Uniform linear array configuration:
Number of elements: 48
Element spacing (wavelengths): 0.75
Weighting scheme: kaiser
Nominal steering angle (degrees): -30
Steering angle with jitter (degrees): -31.039
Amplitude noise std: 0.05
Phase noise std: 0.05

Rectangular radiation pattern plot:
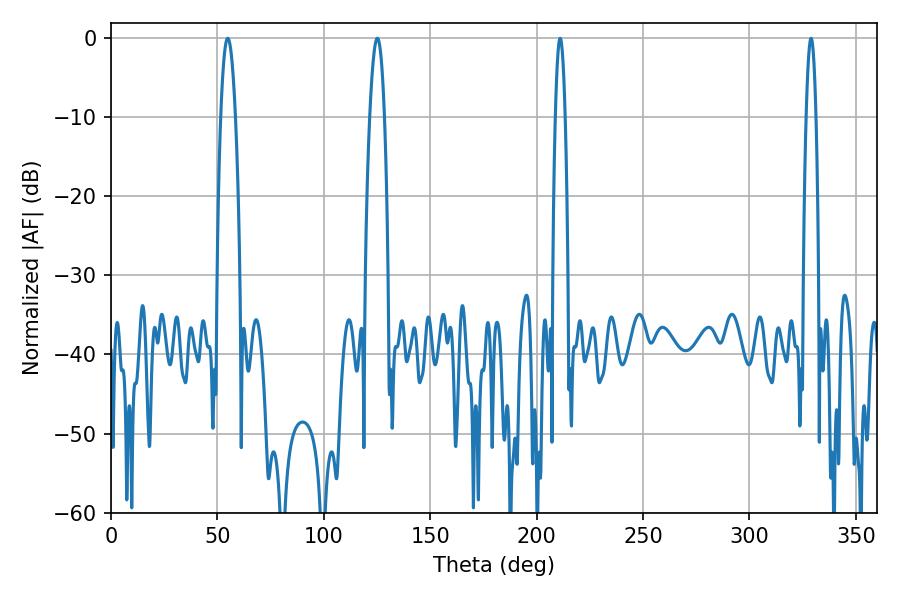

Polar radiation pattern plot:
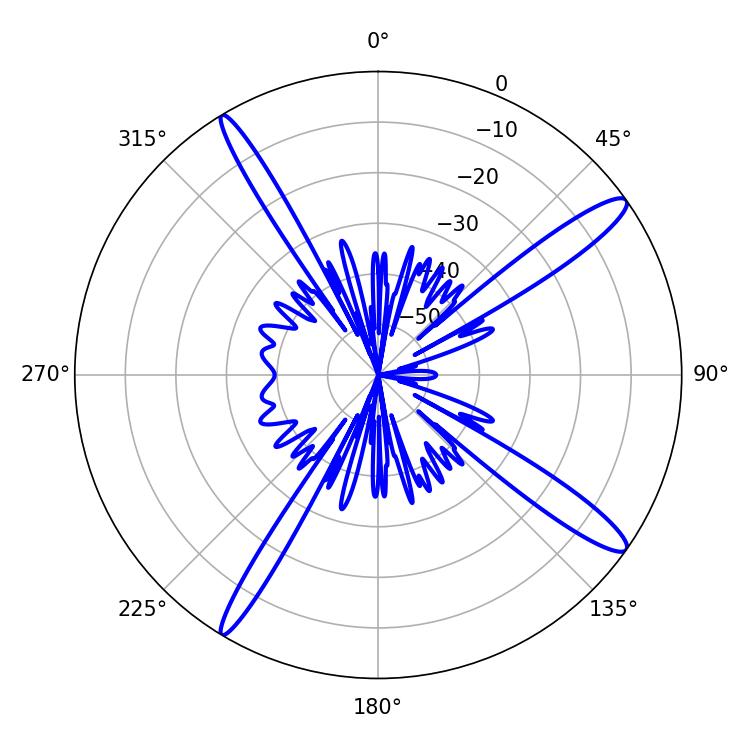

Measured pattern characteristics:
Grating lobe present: TRUE
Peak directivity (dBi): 14.692
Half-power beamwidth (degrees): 3.6
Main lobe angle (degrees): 54.9